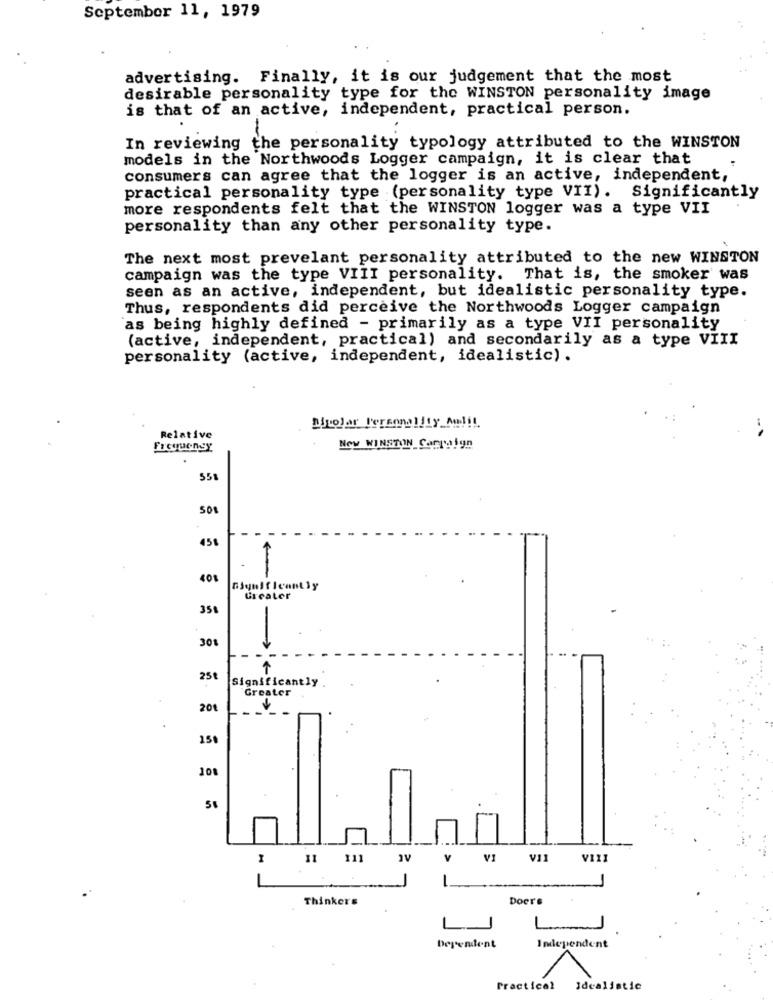
September 11, 1979
advertising. Finally, it is our judgement that the most
desirable personality type for the WINSTON personality image
is that of an active, independent, practical person.
In reviewing the personality typology attributed to the WINSTON
models in the Northwoods Logger campaign, it is clear that
consumers can agree that the logger is an active, independent,
practical personality type (personality type VII). Significantly
more respondents felt that the WINSTON logger was a type VII
personality than any other personality type.
The next most prevelant personality attributed to the new WINSTON
campaign was the type VIII personality. That is, the smoker was
seen as an active, independent, but idealistic personality type.
Thus, respondents did perceive the Northwoods Logger campaign
as being highly defined - primarily as a type VII personality
(active, independent, practical) and secondarily as a type VIII
personality (active, independent, idealistic).
Relative
Frequency
Now WINSTON Sarraign
558
458
40%
Greater
358
301
->
25₺
Significantly
Greater
20€
15
108
V
VI
V11
VIII
1
Thinkers
Doers
L_J
Dependent
Independent
Practical
Idealistic